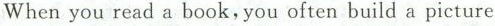
Whenyou read a book,you often build a picture